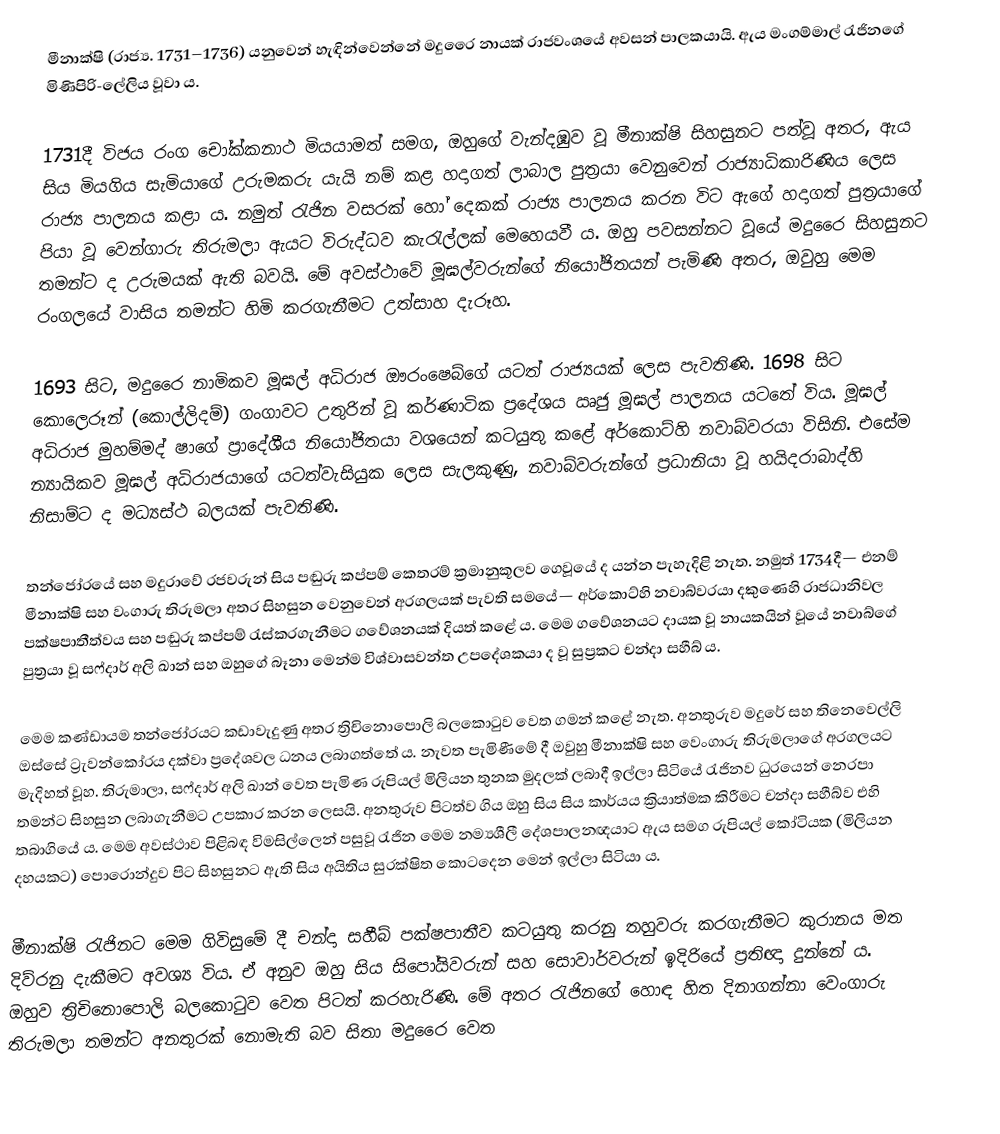
මීනාක්ෂි (රාජ්‍ය. 1731–1736) යනුවෙන් හැඳින්වෙන්නේ මදුරෛ නායක් රාජවංශයේ අවසන් පාලකයායි. ඇය මංගම්මාල් රැජිනගේ මිණිපිරි-ලේලිය වූවා ය.

1731දී විජය රංග චෝක්කනාථ මියයාමත් සමග, ඔහුගේ වැන්දඹුව වූ මීනාක්ෂි සිහසුනට පත්වූ අතර, ඇය සිය මියගිය සැමියාගේ උරුමකරු යැයි නම් කළ හදාගත් ලාබාල පුත්‍රයා වෙනුවෙන් රාජ්‍යාධිකාරිණිය ලෙස රාජ්‍ය පාලනය කළා ය. නමුත් රැජින වසරක් හෝ දෙකක් රාජ්‍ය පාලනය කරන විට ඇගේ හදාගත් පුත්‍රයාගේ පියා වූ වෙන්ගාරු තිරුමලා ඇයට විරුද්ධව කැරැල්ලක් මෙහෙයවී ය. ඔහු පවසන්නට වූයේ මදුරෛ සිහසුනට තමන්ට ද උරුමයක් ඇති බවයි. මේ අවස්ථාවේ මූඝල්වරුන්ගේ නියෝජිතයන් පැමිණි අතර, ඔවුහු මෙම රංගලයේ වාසිය තමන්ට හිමි කරගැනීමට උත්සාහ දැරූහ.

1693 සිට, මදුරෛ නාමිකව මූඝල් අධිරාජ ඖරංෂෙබ්ගේ යටත් රාජ්‍යයක් ලෙස පැවතිණි. 1698 සිට කොලෙරූන් (කොල්ලිදම්) ගංගාවට උතුරින් වූ කර්ණාටික ප්‍රදේශය ඍජු මූඝල් පාලනය යටතේ විය. මූඝල් අධිරාජ මුහම්මද් ෂාගේ ප්‍රාදේශීය නියෝජිතයා වශයෙන් කටයුතු කළේ අර්කොට්හි නවාබ්වරයා විසිනි. එසේම න්‍යායිකව මූඝල් අධිරාජයාගේ යටත්වැසියුක ලෙස සැලකුණු, නවාබ්වරුන්ගේ ප්‍රධානියා වූ හයිදරාබාද්හි නිසාම්ට ද මධ්‍යස්ථ බලයක් පැවතිණි.

තන්ජෝරයේ සහ මදුරාවේ රජවරුන් සිය පඬුරු කප්පම් කෙතරම් ක්‍රමානුකූලව ගෙවූයේ ද යන්න පැහැදිළි නැත. නමුත් 1734දී— එනම් මීනාක්ෂි සහ වංගාරු තිරුමලා අතර සිහසුන වෙනුවෙන් අරගලයක් පැවති සමයේ— අර්කොට්හි නවාබ්වරයා දකුණෙහි රාජධානිවල පක්ෂපාතීත්වය සහ පඬුරු කප්පම් රැස්කරගැනීමට ගවේශනයක් දියත් කළේ ය. මෙම ගවේශනයට දායක වූ නායකයින් වූයේ නවාබ්ගේ පුත්‍රයා වූ සෆ්දාර් අලි ඛාන් සහ ඔහුගේ බෑනා මෙන්ම විශ්වාසවන්ත උපදේශකයා ද වූ සුප්‍රකට චන්දා සහීබ් ය.

මෙම කණ්ඩායම තන්ජෝරයට කඩාවැදුණු අතර ත්‍රි‍චිනොපොලි බලකොටුව වෙත ගමන් කළේ නැත. අනතුරුව මදුරේ සහ තිනෙවෙල්ලි ඔස්සේ ට්‍රැවන්කෝරය දක්වා ප්‍රදේශවල ධනය ලබාගත්තේ ය. නැවත පැමිණීමේ දී ඔවුහු මීනාක්ෂි සහ වෙංගාරු තිරුමලාගේ අරගලයට මැදිහත් වූහ. තිරුමාලා, සෆ්දාර් අලි ඛාන් වෙත පැමිණ රුපියල් මිලියන තුනක මුදලක් ලබාදී ඉල්ලා සිටියේ රැජිනව ධුරයෙන් නෙරපා තමන්ට සිහසුන ලබාගැනීමට උපකාර කරන ලෙසයි. අනතුරුව පිටත්ව ගිය ඔහු සිය සිය කාර්යය ක්‍රියාත්මක කිරීමට චන්දා සහීබ්ව එහි තබාගියේ ය. මෙම අවස්ථාව පිළිබඳ විමසිල්ලෙන් පසුවූ රැජින මෙම නම්‍යශීලී දේශපාලනඥයාට ඇය සමග රුපියල් කෝටියක (මිලියන දහයකට) පොරොන්දුව පිට සිහසුනට ඇති සිය අයිතිය සුරක්ෂිත කොටදෙන මෙන් ඉල්ලා සිටියා ය.

මීනාක්ෂි රැජිනට මෙම ගිවිසුමේ දී චන්දා සහීබ් පක්ෂපාතීව කටයුතු කරනු තහුවරු කරගැනීමට කුරානය මත දිව්රනු දැකීමට අවශ්‍ය විය. ඒ අනුව ඔහු සිය සිපෝයිවරුන් සහ සොවාර්වරුන් ඉදිරියේ ප්‍රතිඥා දුන්නේ ය. ඔහුව ත්‍රිචිනොපොලි බලකොටුව වෙත පිටත් කරහැරිණි. මේ අතර රැජිනගේ හොඳ හිත දිනාගන්නා වෙංගාරු තිරුමලා තමන්ට අනතුරක් නොමැති බව සිතා මදුරෛ වෙත